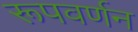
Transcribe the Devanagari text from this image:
रूपवर्णन